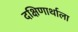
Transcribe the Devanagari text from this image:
दक्षिणार्थाला